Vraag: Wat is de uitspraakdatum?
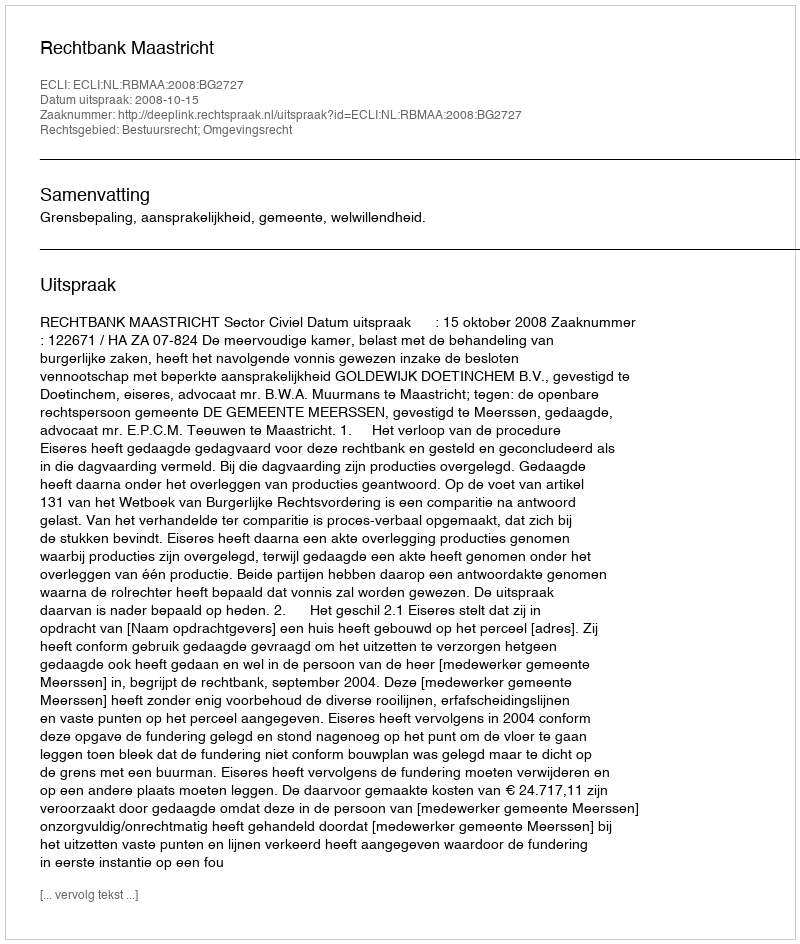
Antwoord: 2008-10-15